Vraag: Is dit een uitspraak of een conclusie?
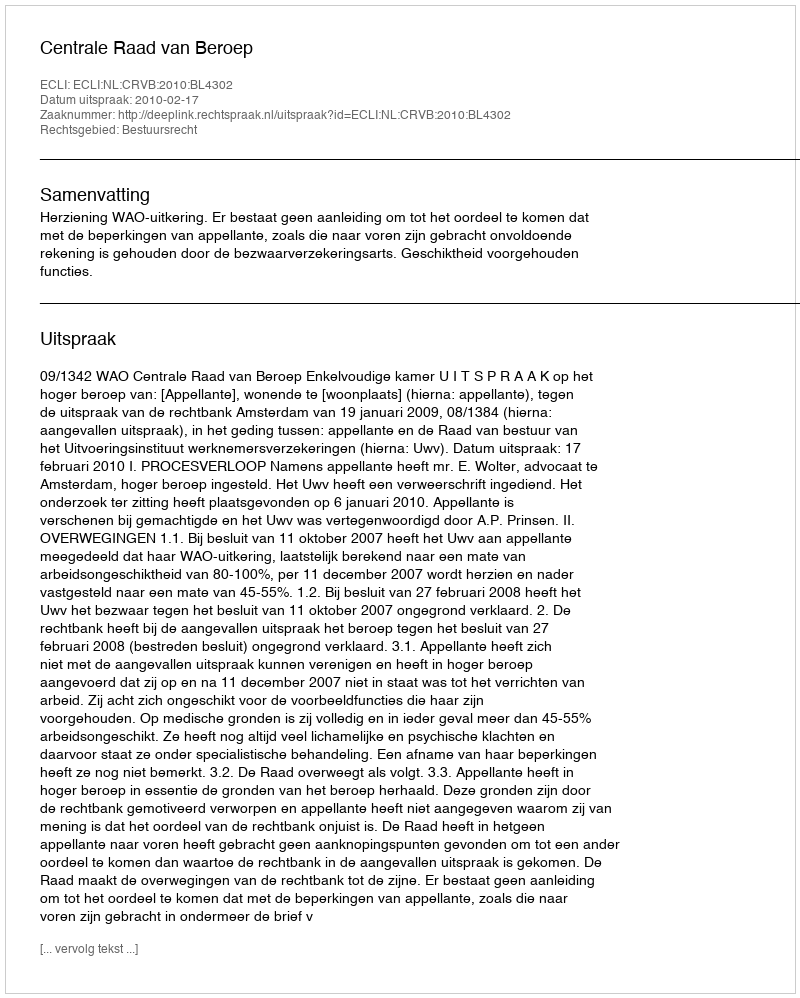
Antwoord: Uitspraak